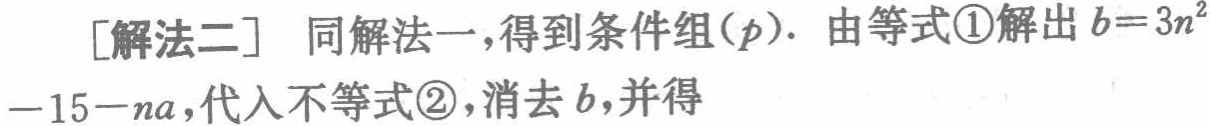
[解法二] 同解法一,得到条件组\((p)\). 由等式\textcircled{1}解出\(b = 3n^{2}-15 - na\),代入不等式\textcircled{2},消去\(b\),并得